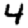
Digit: 4